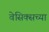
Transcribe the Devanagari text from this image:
वेसिक्सच्या